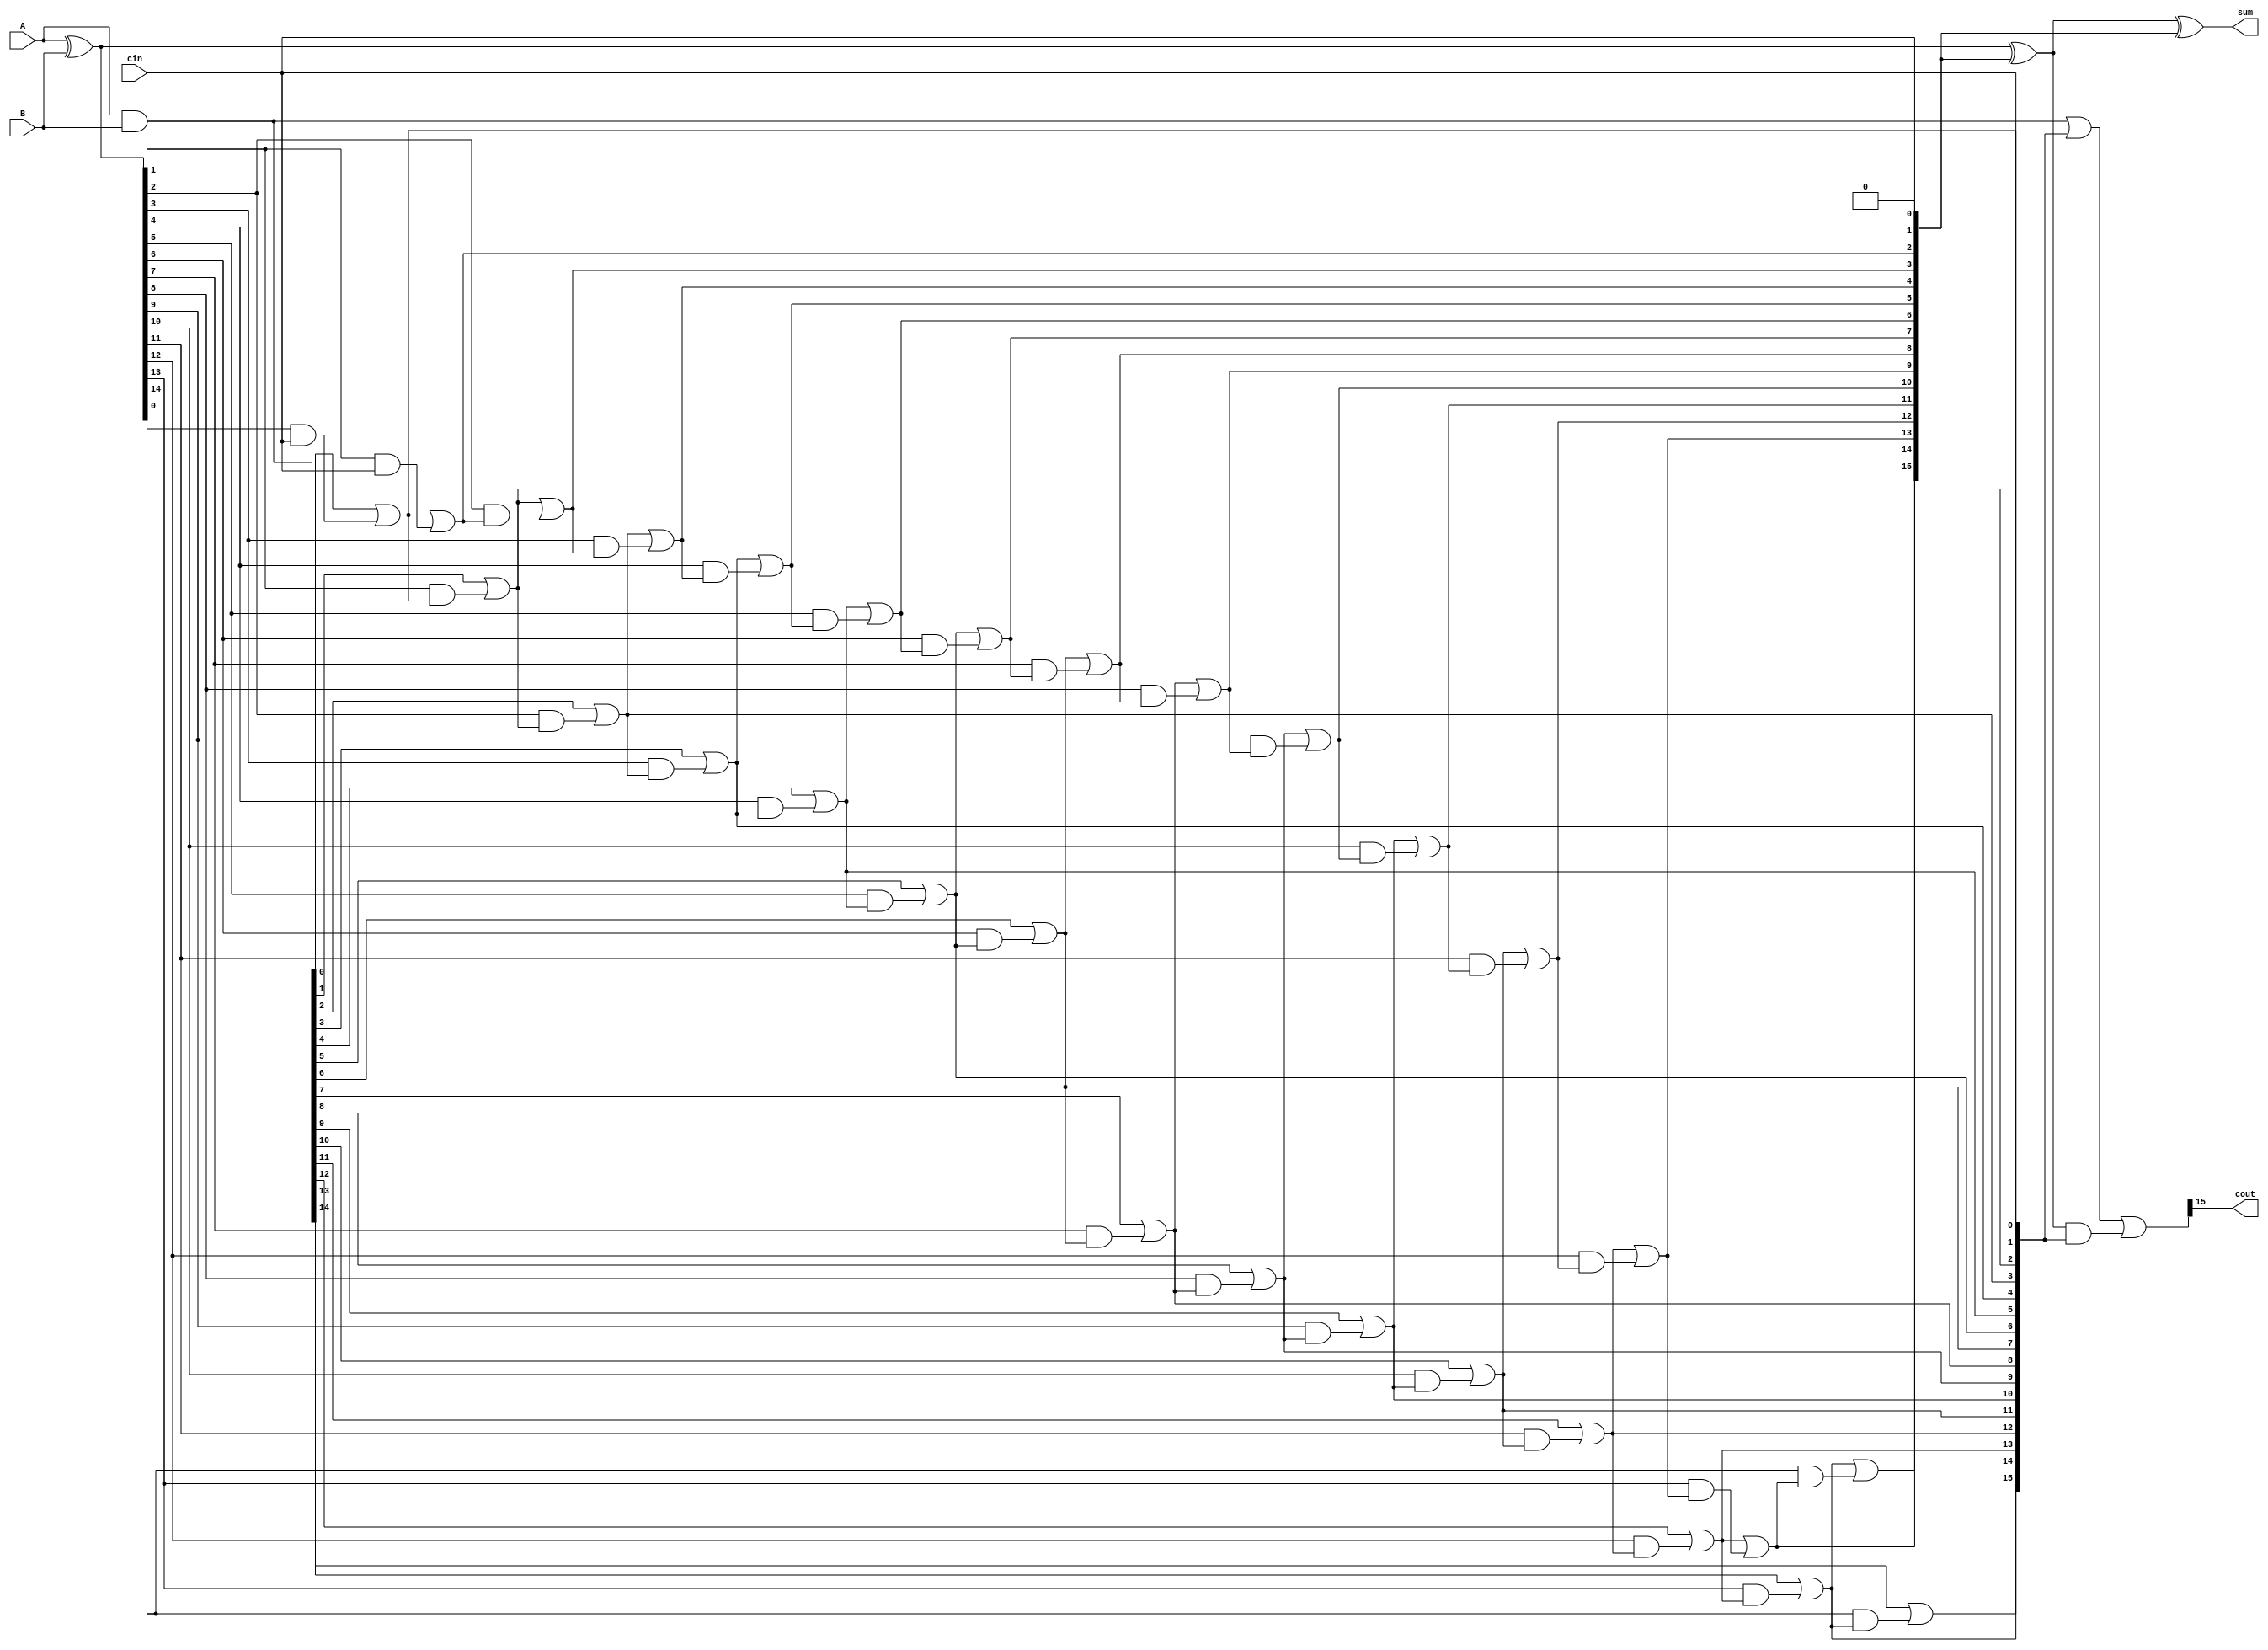
module carry_bypass_adder (
    input [15:0] A,
    input [15:0] B,
    input cin,
    output [15:0] sum,
    output cout
);

    wire [15:0] p, g, p_propagate, g_propagate, dp, dg;
    wire [16:0] carry_out, carry_in;

    assign p = A ^ B;
    assign g = A & B;
    
    assign p_propagate[0] = 1'b0;
    assign g_propagate[0] = cin;
    
    genvar i;
    generate
        for (i = 0; i < 16; i = i + 1) begin
            assign p_propagate[i+1] = g_propagate[i] | (p[i] & p_propagate[i]);
            assign g_propagate[i+1] = g[i] | (p[i] & g_propagate[i]);
        end
    endgenerate

    assign dp = p ^ p_propagate;
    assign dg = g | g_propagate;

    assign sum = dp ^ p_propagate;
    assign carry_out = dg | (dp & g_propagate);

    assign cout = carry_out[15];

endmodule